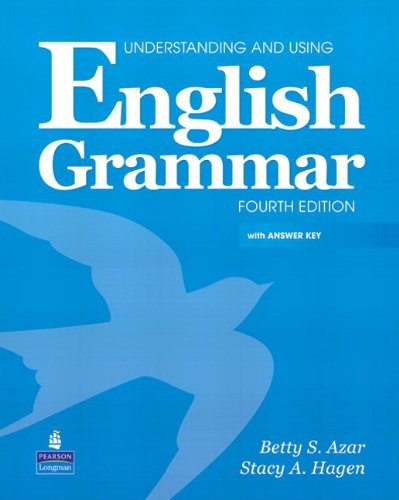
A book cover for Understanding and Using English Grammar with Audio CDs and Answer Key (4th Edition); Betty Schrampfer Azar; Politics & Social Sciences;